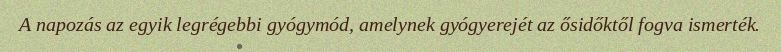
A napozás az egyik legrégebbi gyógymód, amelynek gyógyerejét az ősidőktől fogva ismerték.